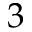
3